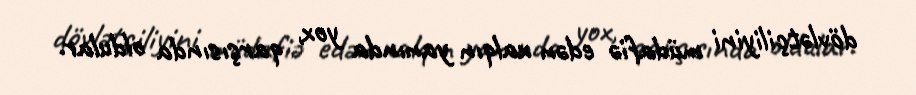
dövlətçiliyini müdafiə edən xalqın yanında yox, qarşısında oldular.